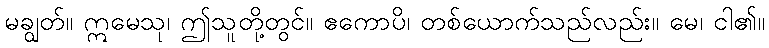
မချွတ်။ ဣမေသု၊ ဤသူတို့တွင်။ ဧကောပိ၊ တစ်ယောက်သည်လည်း။ မေ၊ ငါ၏။